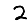
Digit: 2